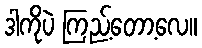
ဒါကိုပဲ ကြည့်တော့လေ။